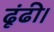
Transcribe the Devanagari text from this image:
ढूंढी।